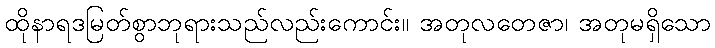
ထိုနာရဒမြတ်စွာဘုရားသည်လည်းကောင်း။ အတုလတေဇာ၊ အတုမရှိသော